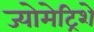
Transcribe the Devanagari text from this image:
ज्योमेट्रिशे